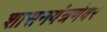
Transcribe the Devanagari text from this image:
शासनयंत्रणेवर